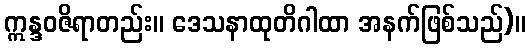
ဣန္ဒဝဇိရာတည်း။ ဒေသနာထုတိဂါထာ အနက်ဖြစ်သည်)။